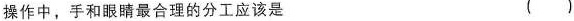
操作中，手和眼睛最合理的分工应该是 ()